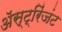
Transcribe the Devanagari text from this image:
ॲस्ट्रिंजंट